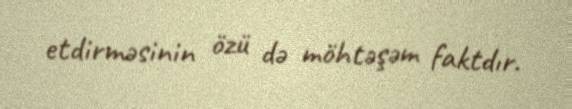
etdirməsinin özü də möhtəşəm faktdır.